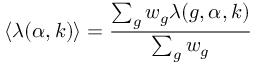
\langle \lambda ( \alpha , k ) \rangle = \frac { \sum _ { g } w _ { g } \lambda ( g , \alpha , k ) } { \sum _ { g } w _ { g } }